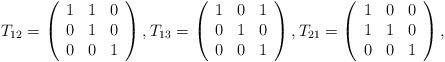
LaTeX: \begin{align*}T_{12} = \left(\begin{array}{rrr}1 & 1 & 0 \\0 & 1 & 0 \\0 & 0 & 1\end{array}\right),T_{13} = \left(\begin{array}{rrr}1 & 0 & 1 \\0 & 1 & 0 \\0 & 0 & 1\end{array}\right),T_{21} = \left(\begin{array}{rrr}1 & 0 & 0 \\1 & 1 & 0 \\0 & 0 & 1\end{array}\right),\end{align*}